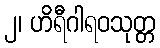
၂၊ ဟိရီဂါရဝသုတ္တ